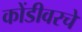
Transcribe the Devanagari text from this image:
कोंडीवरचे